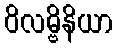
ဝိလမ္ဗိနိယာ